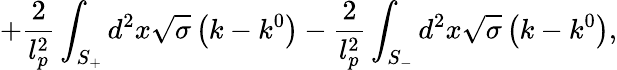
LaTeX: +\frac{2}{l_{p}^{2}}\int_{S_{+}}^{{}}d^{2}x\sqrt{\sigma}\left(k-k^{0}\right)-\frac{2}{l_{p}^{2}}\int_{S_{-}}d^{2}x\sqrt{\sigma}\left(k-k^{0}\right),